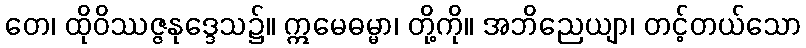
တေ၊ ထိုဝိဿဇ္ဇနုဒ္ဒေသ၌။ ဣမေဓမ္မာ၊ တို့ကို။ အဘိညေယျာ၊ တင့်တယ်သော